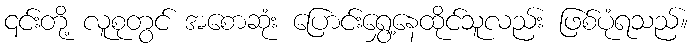
၎င်းတို့ လူစုတွင် အစောဆုံး ပြောင်းရွှေ့နေထိုင်သူလည်း ဖြစ်ပုံရသည်။